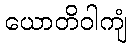
ယောတိဝါကျံ